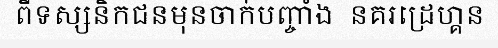
ពីទស្សនិកជនមុនចាក់បញ្ចាំង  នគរដ្រេហ្គន